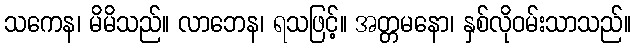
သကေန၊ မိမိသည်။ လာဘေန၊ ရသဖြင့်။ အတ္တမနော၊ နှစ်လိုဝမ်းသာသည်။